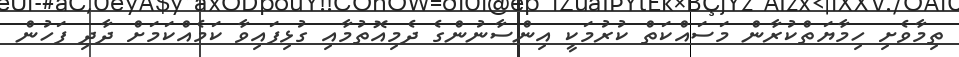
ތިމާވެށި ހިމާޔަތްކުރާން މަސައްކަތް ކުރުމަކީ އިންސާނުންގެ ދެމިއޮތުމާއި ގުޅިފައިވާ ކަމެއްކަމަށް ދާދި ފަހުން